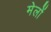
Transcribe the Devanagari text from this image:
मेलोें